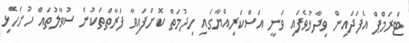
ޓްރަމްޕް އެފަދައިން ވިދާޅުވެފައި ވަނީ އަސްކަރިއްޔާގައި ހިދުމަތް ކޮށްފައިވާ ފަރާތްތަކުން ސުވާލުތައް ހުށަހެޅި